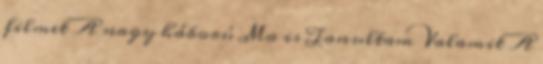
filmet A nagy háború Ma is Tanultam Valamit A